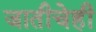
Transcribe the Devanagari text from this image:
जातीचेही